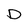
Character: D